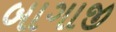
બાગાજી